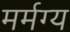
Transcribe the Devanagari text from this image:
मर्मग्य